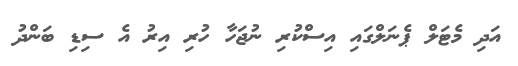
އަދި މެޓަލް ޕެނަލްގައި އިސްކުރި ނުޖަހާ ހުރި އިރު އެ ސިޑި ބަންދު